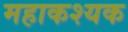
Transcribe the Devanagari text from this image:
महाकश्यक